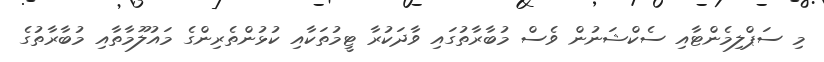
މި ސަޕްލިމެންޓާއި ސެކްޝަނުން ވެސް މުބާރާތުގައި ވާދަކުރާ ޓީމުތަކާއި ކުޅުންތެރިންގެ މައުލޫމާތާއި މުބާރާތުގެ